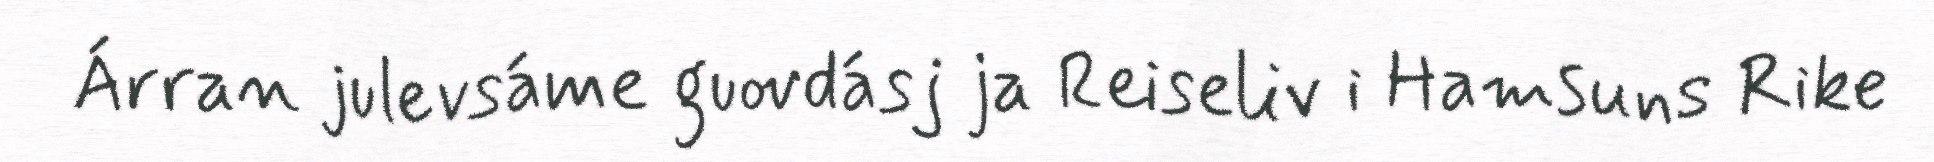
Árran julevsáme guovdásj ja Reiseliv i Hamsuns Rike